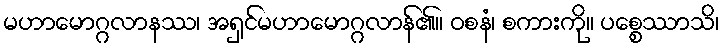
မဟာမောဂ္ဂလာနဿ၊ အရှင်မဟာမောဂ္ဂလာန်၏။ ဝစနံ၊ စကားကို။ ပစ္စေဿာသိ၊